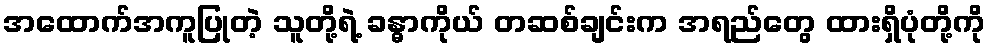
အထောက်အကူပြုတဲ့ သူတို့ရဲ့ ခန္ဓာကိုယ် တဆစ်ချင်းက အရည်တွေ ထားရှိပုံတို့ကို